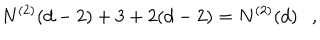
N ^ { ( 2 ) } ( d - 2 ) + 3 + 2 ( d - 2 ) = N ^ { ( 2 ) } ( d ) ,